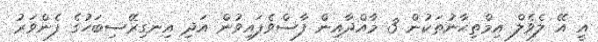
އީ އޭ ލެވެލް އިމްތިޙާނުތަކުން 3 މާއްދާއިން ފާސްވެފައިވުން އަދި އިނގިރޭސިބަހުގެ ފެންވަރު